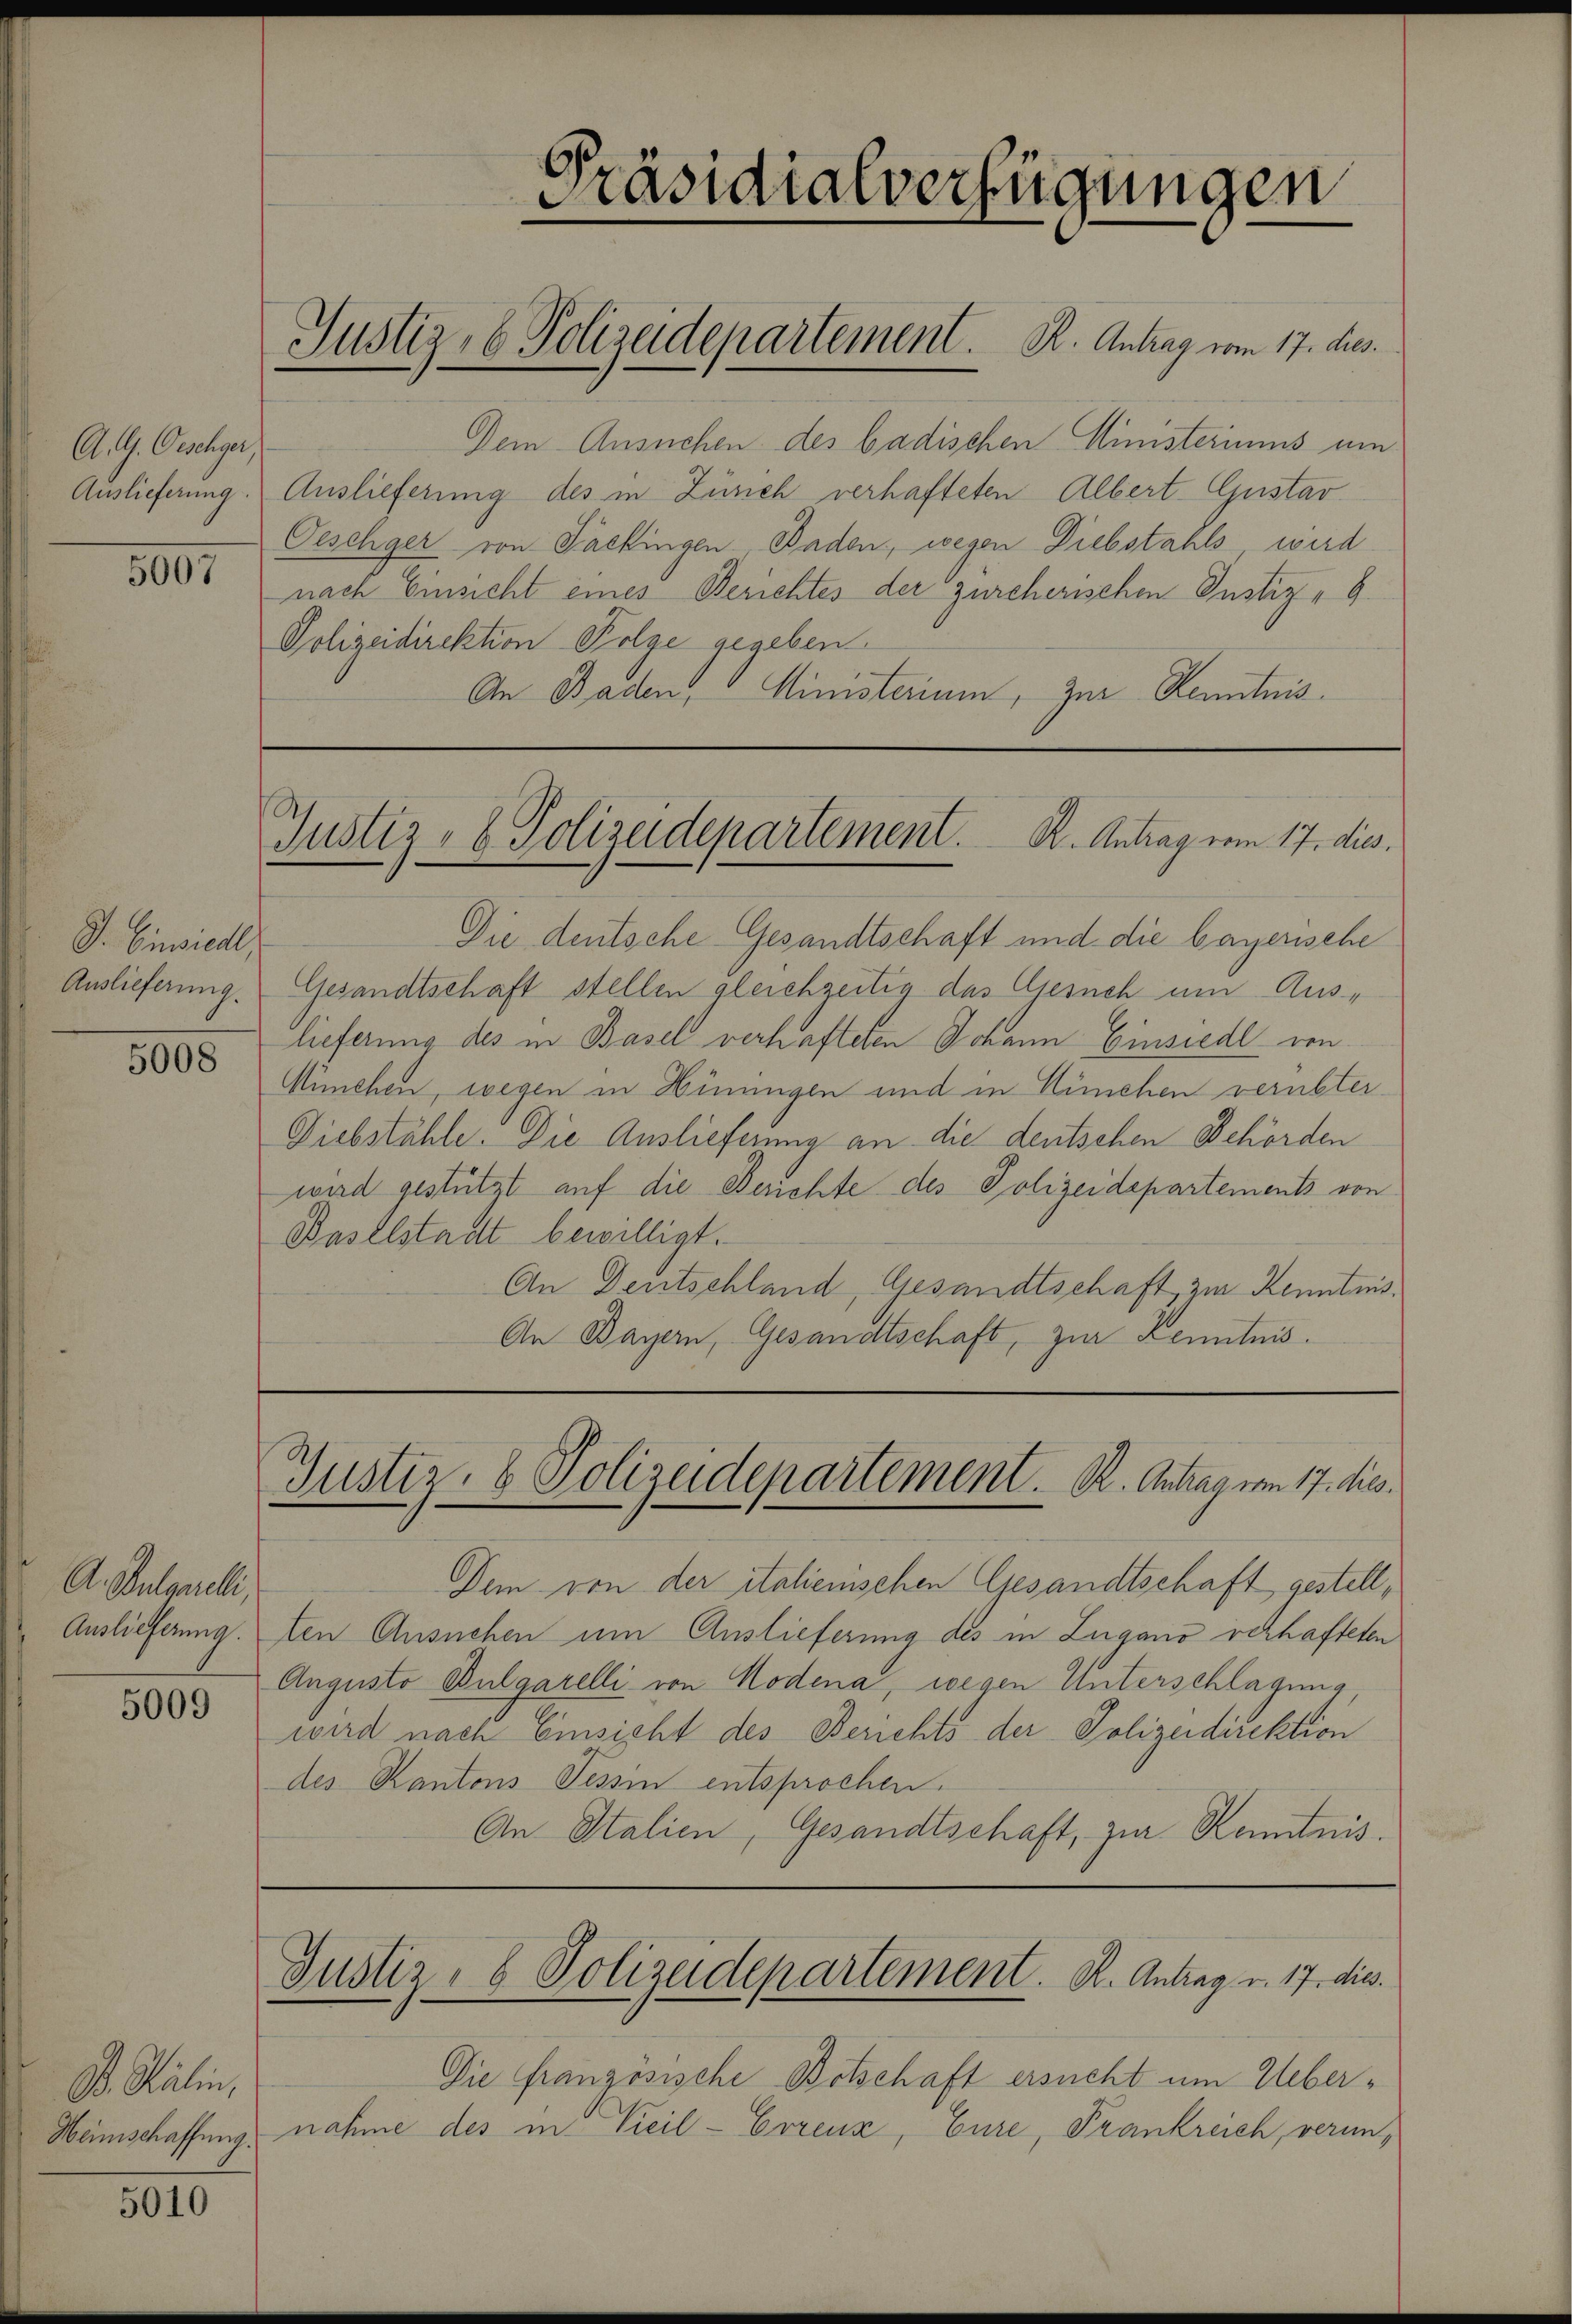
A. G. Oeschger,
Auslieferung.

5007

G. Einsiedl
Auslieferung.

5008

A. Bulgarelli,
Auslieferung.

5009

D. Stälin,

5010

Dem Ansuchen des badischen Ministeriums um
Auslieferung des in Zürich verhafteten Albert Gustav
Oeschger von Packingen Baden, wegen Diebstahls wird
nach Einsicht eines Berichtes der zürcherischen Justiz-
Polizeidirektion Folge gegeben.
An Baden, Ministerium, zur Kenntnis.

Die deutsche Gesandtschaft und die bayerische
Gesandtschaft stellen gleichzeitig das Gesuch um Auslieferung des in Basel verhafteten Johann Einsiedl von
München, wegen in Hinungen und in München verübter
Diebstähle. Die Auslieferung an die deutschen Behörden
wird gestützt auf die Berichte des Polizeidepartements von
Baselstadt bewilligt.
An Deutschland, Gesandtschaft, zur Kenntnis¬
An Bayern, Gesandtschaft, zur Kenntnis.

6
e
Präsidialverfügungen

Justiz- & Polizeidepartement. K. Antrag vom 17. dies

Justiz- & Polizeidepartement. K. Antrag vom 17. dies.

Justiz- & Polizeidepartement. R. Antrag vom 17. dies

Dem von der italienischen Gesandtschaft gestellten Ansuchen um Auslieferung des in Zugano verhafteten
Augusto Bulgarelli von Modena, wegen Unterschlagung,
wird nach Einsicht des Berichts der Polizeidirektion
des Kantons Tessin entsprochen.
An Italien, Gesandtschaft, zur Kenntnis.

Justiz- & Polizeidepartement. K. Antrag v. 17. dies.

Die französische Botschaft ersucht um Ueber¬
Heimschaffung nahme des in Vieil-Crrenz, Eure, Frankreich, verun¬